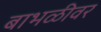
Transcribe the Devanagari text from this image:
बाभळीवर